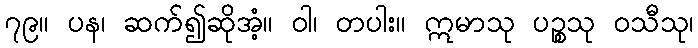
၇၉။ ပန၊ ဆက်၍ဆိုအံ့။ ဝါ၊ တပါး။ ဣမာသု ပဉ္စသု ဝသီသု၊